Problem: 18 + 35 = ?
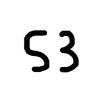
Handwritten answer: 53